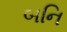
બનિ